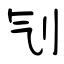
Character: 刏